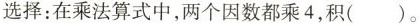
选择：在乘法算式中，两个因数都乘4，积()。